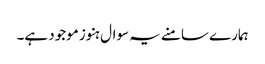
ہمارے سامنے یہ سوال ہنوز موجود ہے۔